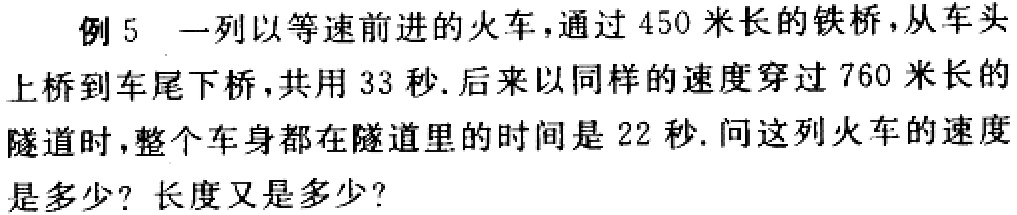
例5 一列以等速前进的火车，通过 450 米长的铁桥，从车头上桥到车尾下桥，共用 33 秒. 后来以同样的速度穿过 760 米长的隧道时，整个车身都在隧道里的时间是 22 秒. 问这列火车的速度是多少？长度又是多少？